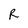
Character: R